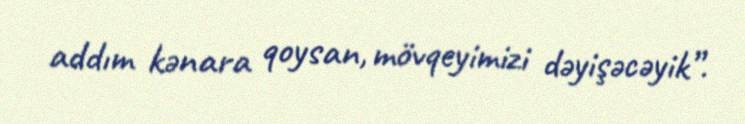
addım kənara qoysan, mövqeyimizi dəyişəcəyik”.